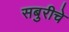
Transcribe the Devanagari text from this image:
सबुरीचे